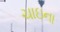
ચાઇના